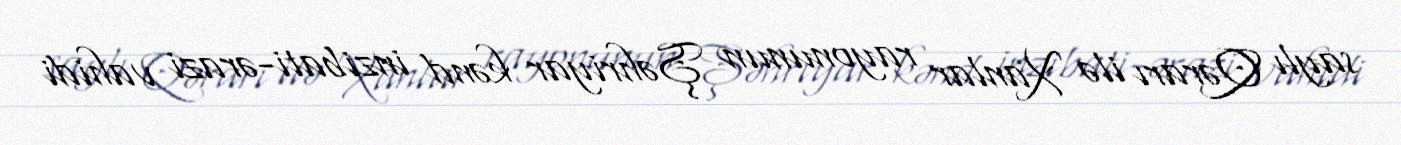
saylı Qərarı ilə Xanlar rayonunun Şəhriyar kənd inzibati-ərazi vahidi